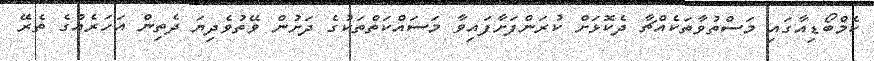
ކެމްބޯޑިއާގައި މަސްތުވާތަކެއްޗާ ދެކޮޅަށް ކުރަންފަށާފައިވާ މަސައްކަތްތަކުގެ ދަށުން ވޭތުވެދިޔަ ދެތިން އަހަރެއްގެ ތެރޭ